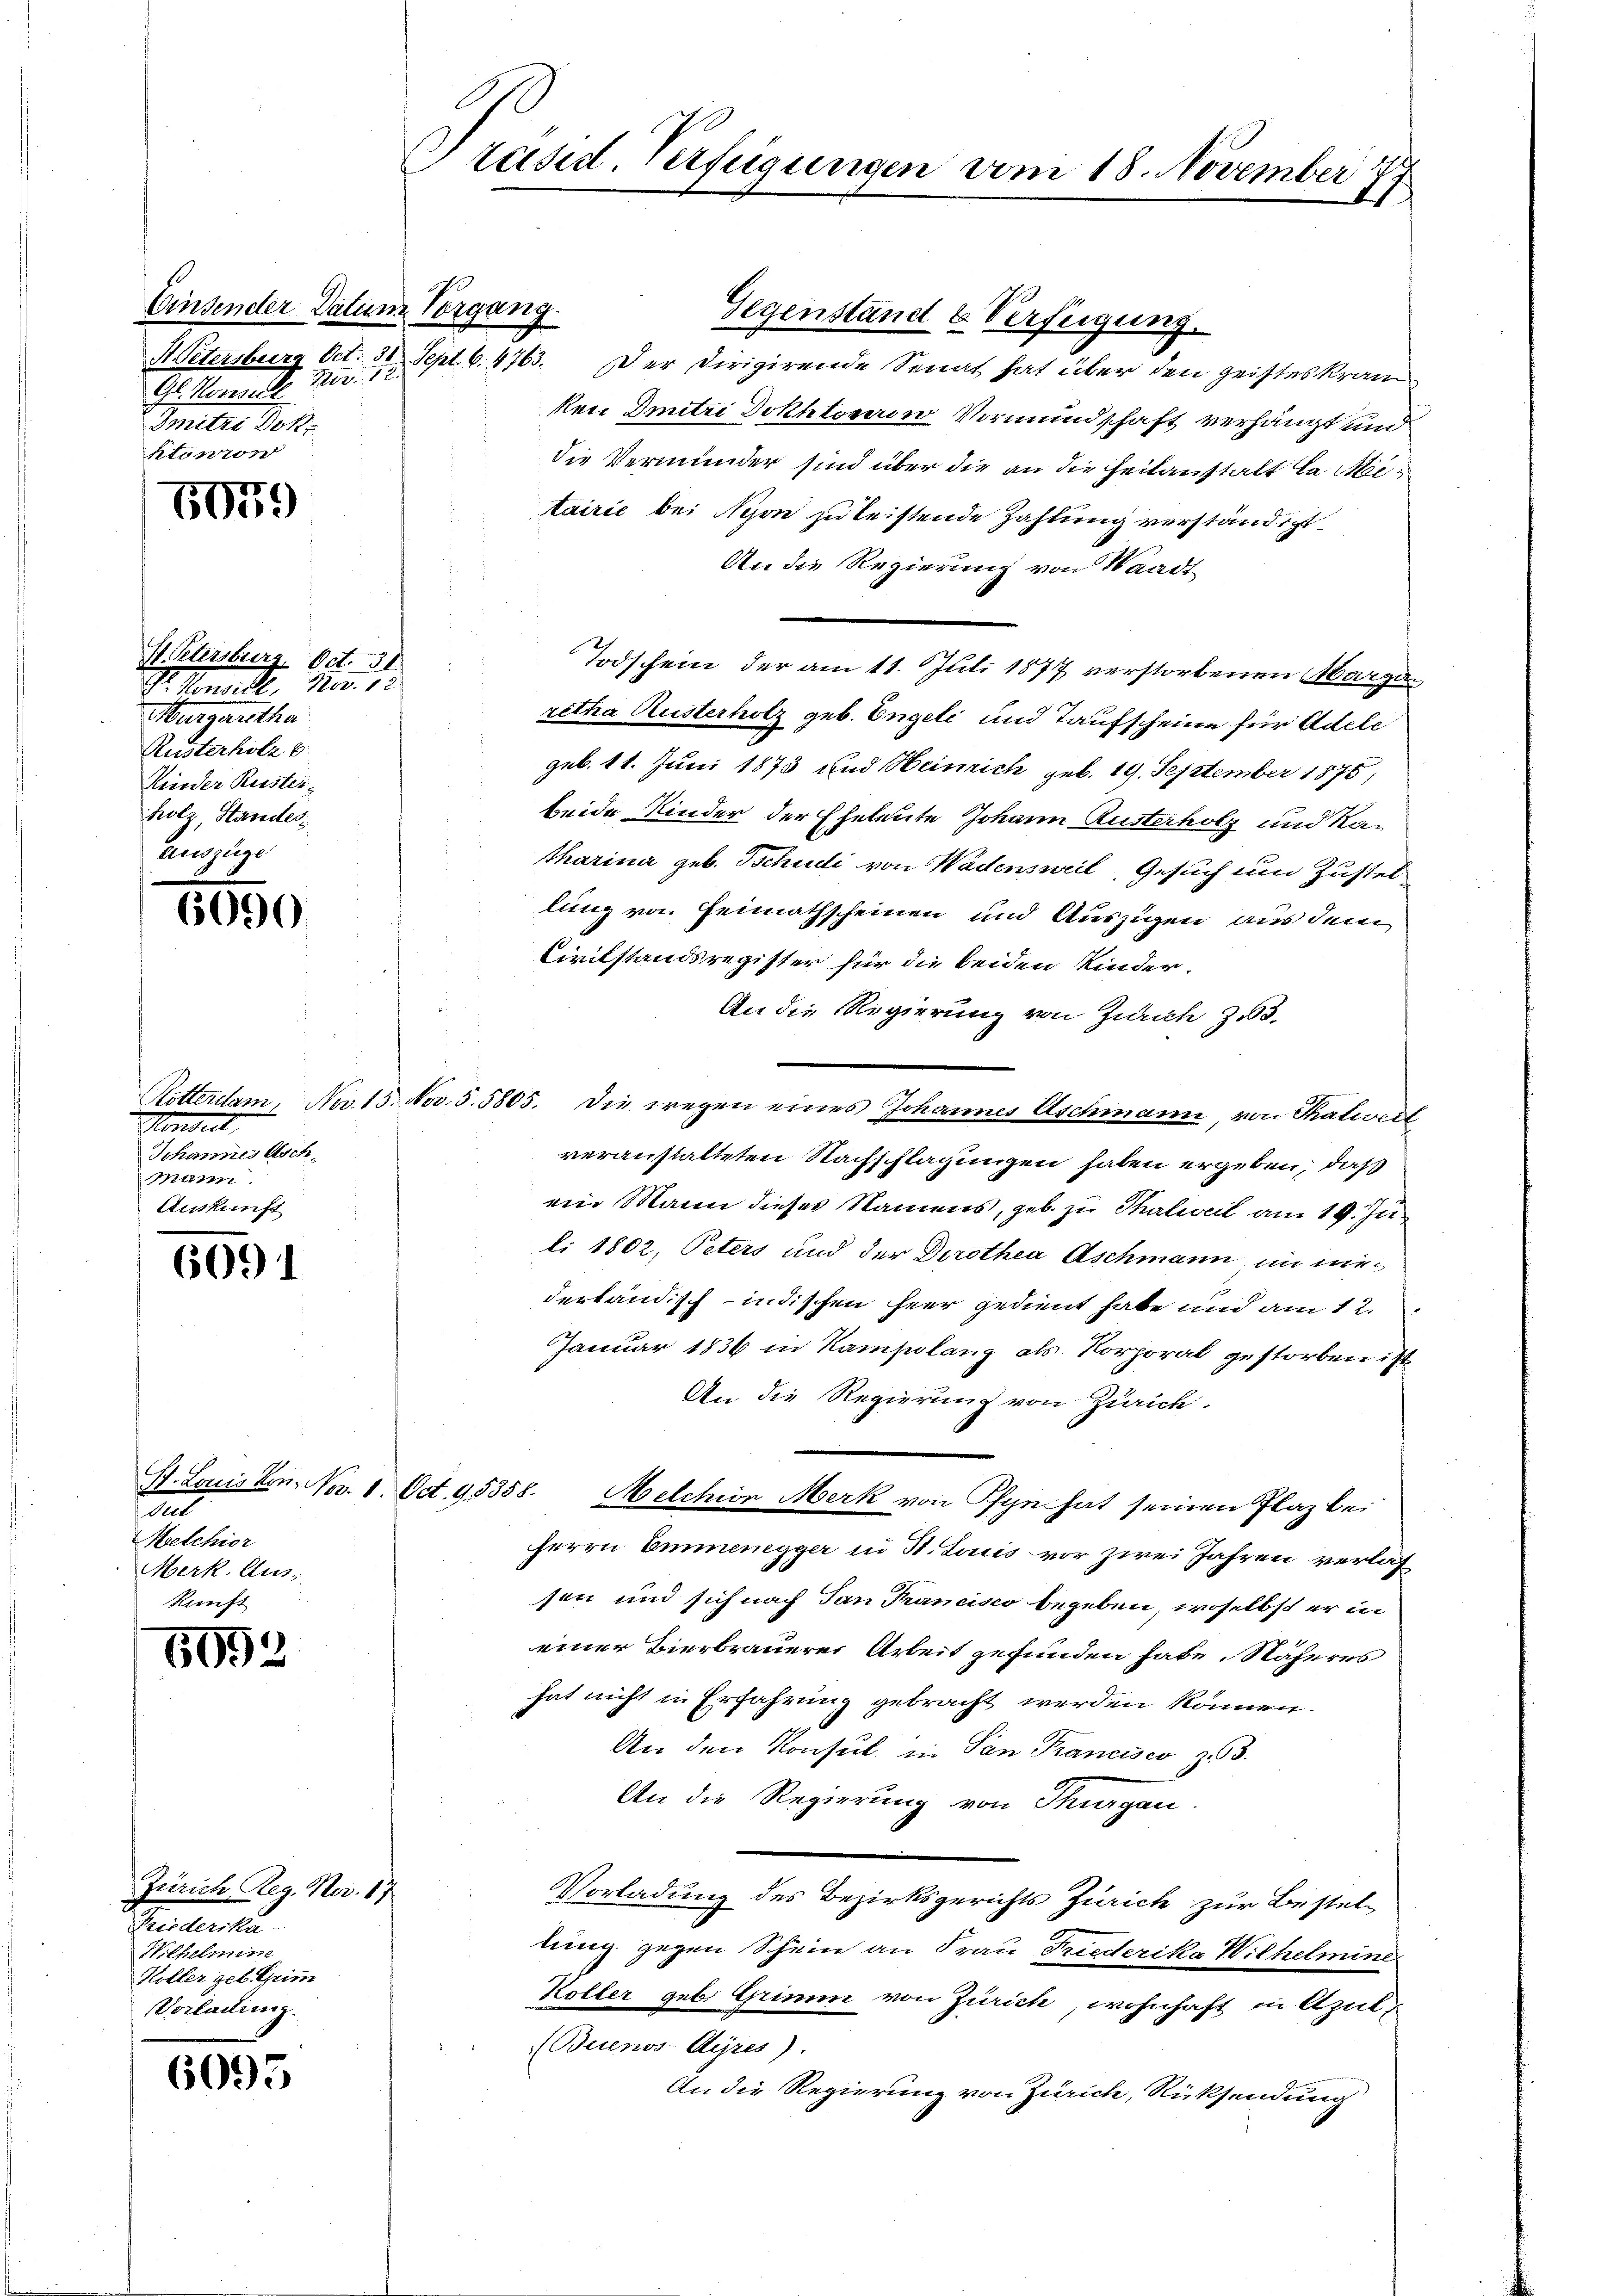
Einsender Datum Vorgang
Bez. 12.
Gl. Novel
Smitte Bek.
ktinton

5059

H. Petersburg. Oct. 31.
r Konsidl, Nov. 18
Margaretha
Rusterholz b
Kinder Reister-
holz, Standes
Auszüge

6050

Pendet,
Johannes Asch
Mann
Auskunft

6091

t
Melchior
Merk. Aus

6993

Zürich Reg. No. 17
rclerte
Wilhelmine
Höller geb. Grim
Vorladung.

6095

Präsid. Verfügungen vom 18. November
1

HVetersburg Oct. 30 Sept. 6. 4763. Der Dirigirende Senat hat über den geisteskram
ken Initzi Dokhtoniren Vormundschaft verhängt und
die Verminder sind über die an die Zeitanstalt la Mortairie bei Nyon zu leistende Zahlung verständigt.
An die Regierung von Waadt
Todschein der am 11. Juli 1877 verstorbenen Margaretha Kusterholz geb. Engeli und Taufscheine für Adele
geb. 11. Juni 1873 und Heinrich geb. 19. September 1875,
beide Kinder der Eheleute Johann Rusterholz und Ratharina geb. Tschudi von Wadensweil, Gesuch um Zustel
lung von Heimathscheinen und Auszigen aus dem
Civilstandsregister für die beiden Kinder.
An die Regierung von Zürich zu
Rotterdam, No 15. Nov. 5. 5805. Die wegen eines Johannes Aschmann, von Thalweil
veranstalteten Nachschlagungen haben ergeben, daß
ein Mann dieses Namens, geb. zu Thalweil am 19. Ju
li 1802, Peters und der Dirothea Aschmann in wiedertändisch-indischen Heer gedient habe und am 12.
Januar 1836 in Ramsplanz als Korporal gestorben ist
An die Regierung von Zürich.
St. Louisken. Nov. 1. Oct. 95358. Melchion Merk von Pfyn hat seinen Plaz bei
Herrn Emmenegger in St. Louis vor zwei Jahren verlassen und sich nach San Francisco begeben, woselbst er in
einer Bierbrauerei Arbeit gefunden habe. Näheres
hat nicht in Erfahrung gebracht werden können.
An den Konsul in San Francisco z. 3.
An die Regierung von Thurgau.
Vorladung des Bezirksgerichts Zürich zur Bestellung gegen Schein an Frau Friederika Wilhelmine
Koller geb. Grimm von Zürich, wohnhaft in Apul-
Buenos-Ayres).
An die Regierung von Zürich, Rücksendung

Gegenstand & Verfügung.